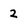
Character: 2